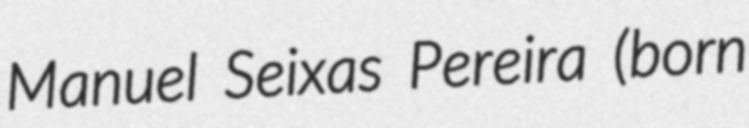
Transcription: Manuel Seixas Pereira (born